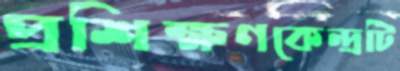
প্রশিক্ষণকেন্দ্রটি